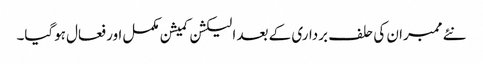
نئے ممبران کی حلف برداری کے بعد الیکشن کمیشن مکمل اور فعال ہوگیا۔